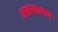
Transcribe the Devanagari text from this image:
आडंबरत्याग